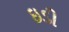
ઇડી